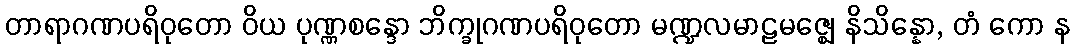
တာရာဂဏပရိဝုတော ဝိယ ပုဏ္ဏစန္ဒော ဘိက္ခုဂဏပရိဝုတော မဏ္ဍလမာဠမဇ္ဈေ နိသိန္နော, တံ ကော န